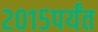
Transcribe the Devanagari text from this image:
२०१५पर्यंत